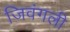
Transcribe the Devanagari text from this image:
जिवंगली